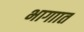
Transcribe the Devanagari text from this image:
भागाात